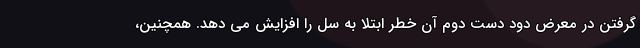
گرفتن در معرض دود دست دوم آن خطر ابتلا به سل را افزایش می دهد. همچنین،